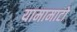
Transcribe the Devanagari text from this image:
यामामाटो